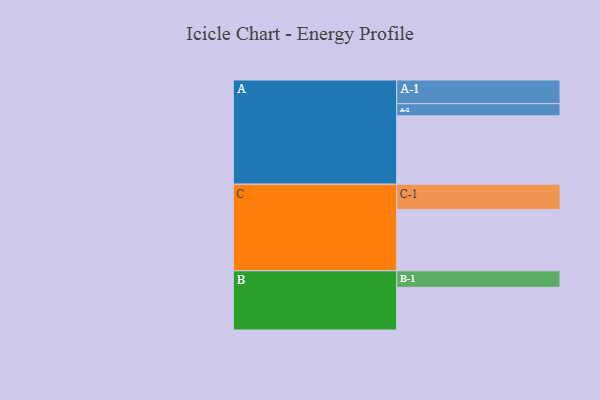
{"axis": {"x": "Segment", "y": "Value"}, "legend": ["", "A", "B", "C"], "data": [{"x": "A", "y": 551, "type": ""}, {"x": "B", "y": 344, "type": ""}, {"x": "C", "y": 494, "type": ""}, {"x": "A-1", "y": 191, "type": "A"}, {"x": "A-2", "y": 98, "type": "A"}, {"x": "B-1", "y": 133, "type": "B"}, {"x": "C-1", "y": 204, "type": "C"}]}